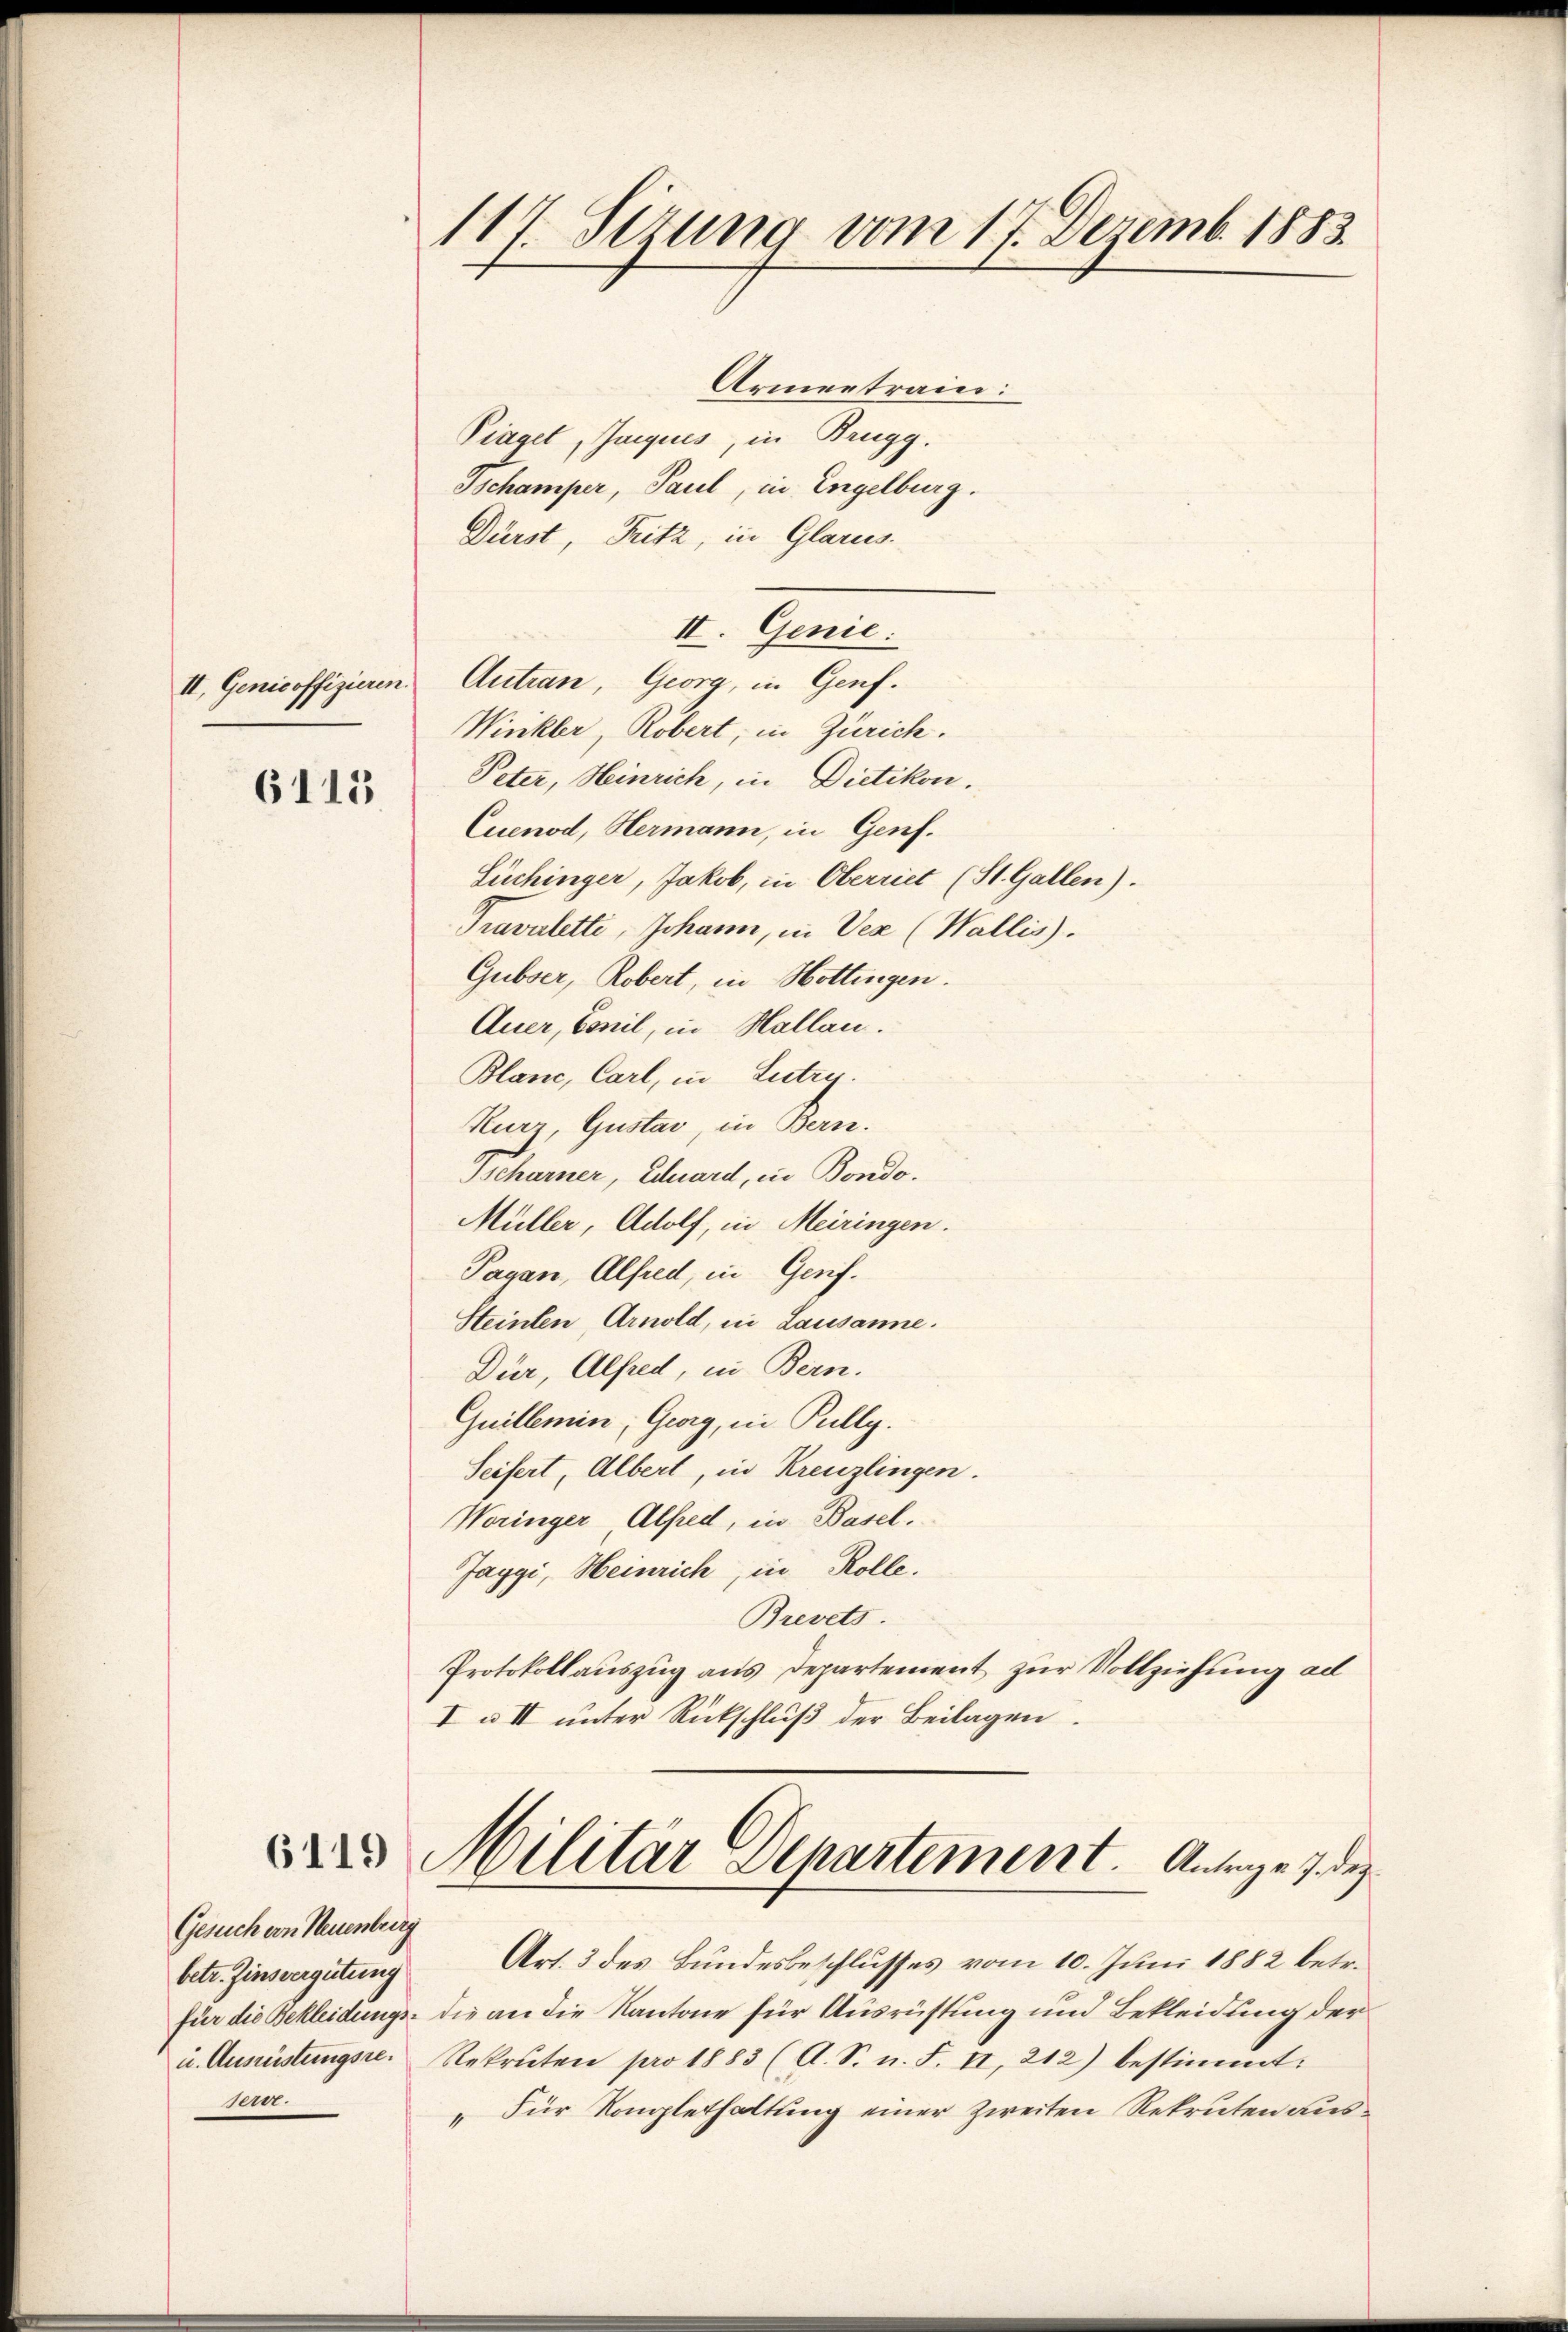
Armentrain.
Piagel, Jnquis, in Brugg.
Tschamper, Paul, in Engelburg.
Dürst, Fritz, in Glarus.
II. Genie:
II. Genicoffizieren Antran, Georg, in Genf.
Winkler, Röbert, in Zürich.
Peter, Heinrich, in Dietikon.
Cuenod, Hermann, in Genf.
Luchinger, Jakob, in Oberriet (St. Gallen).
Pravaletti, Johann, in Ver (Wallis).
Gubser, Robert, in Hottingen.
Auer, Emil, in Hallau.
Blanc, Carl, in Lutry.
Kurz, Gustav, in Bern.
Bcharner, Eduard, in Bondo.
Müller, Adolf, in Meiringen.
Pagan, Alfred, in Genf.
Steinlen, Arnold, in Lausanne.
Dür, Alfred, in Bern.
Quillemin, Georg, in Pully.
Seifert, Albert, in Kreuzlingen.
Woringer Alfred, in Basel.
Jaggi, Heinrich, in Rolle.
Brevets.
Protokollauszug aus Departement zur Vollziehung ad
I u II unter Rückschluß der Beilagen.

6113

betr. Zinsvergütung
u. Ausrüstungsre.
000.

Militär Departement. Antrage 7. de
Gesuch von Neuenbring

117. Sizung vom 17. Dezemb. 1883.

Art. 3 des Bundesbeschlusses vom 10. Juni 1882 betr.
für die Bekleidungs- die an die Kantone für Ausrüstung und Bekleidung der
Rekruten pro 1883 (A. S. n. F. II, 212) bestimmt:
„Für Konglethaltung einer zweiten Rekruten aus¬